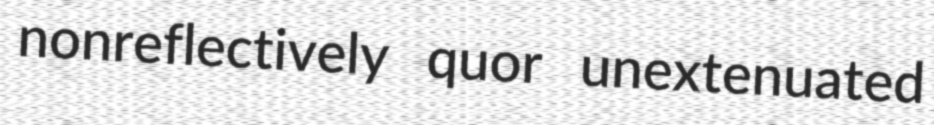
nonreflectively quor unextenuated